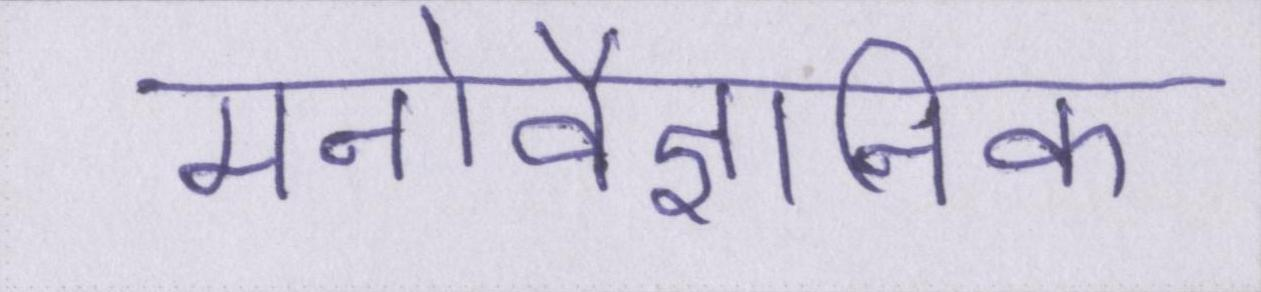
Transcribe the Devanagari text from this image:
मनोवैज्ञानिक